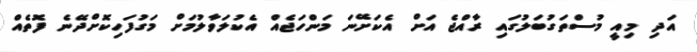
އަދި މިއީ މުސްތަގުބަލުގައި ރާއްޖެ އަށް އެކަށޭނަ މަންހަޖެއް އެކުލަވާލުމަށް މަގުފަހިކޮށްދޭނެ ފޮތެއް